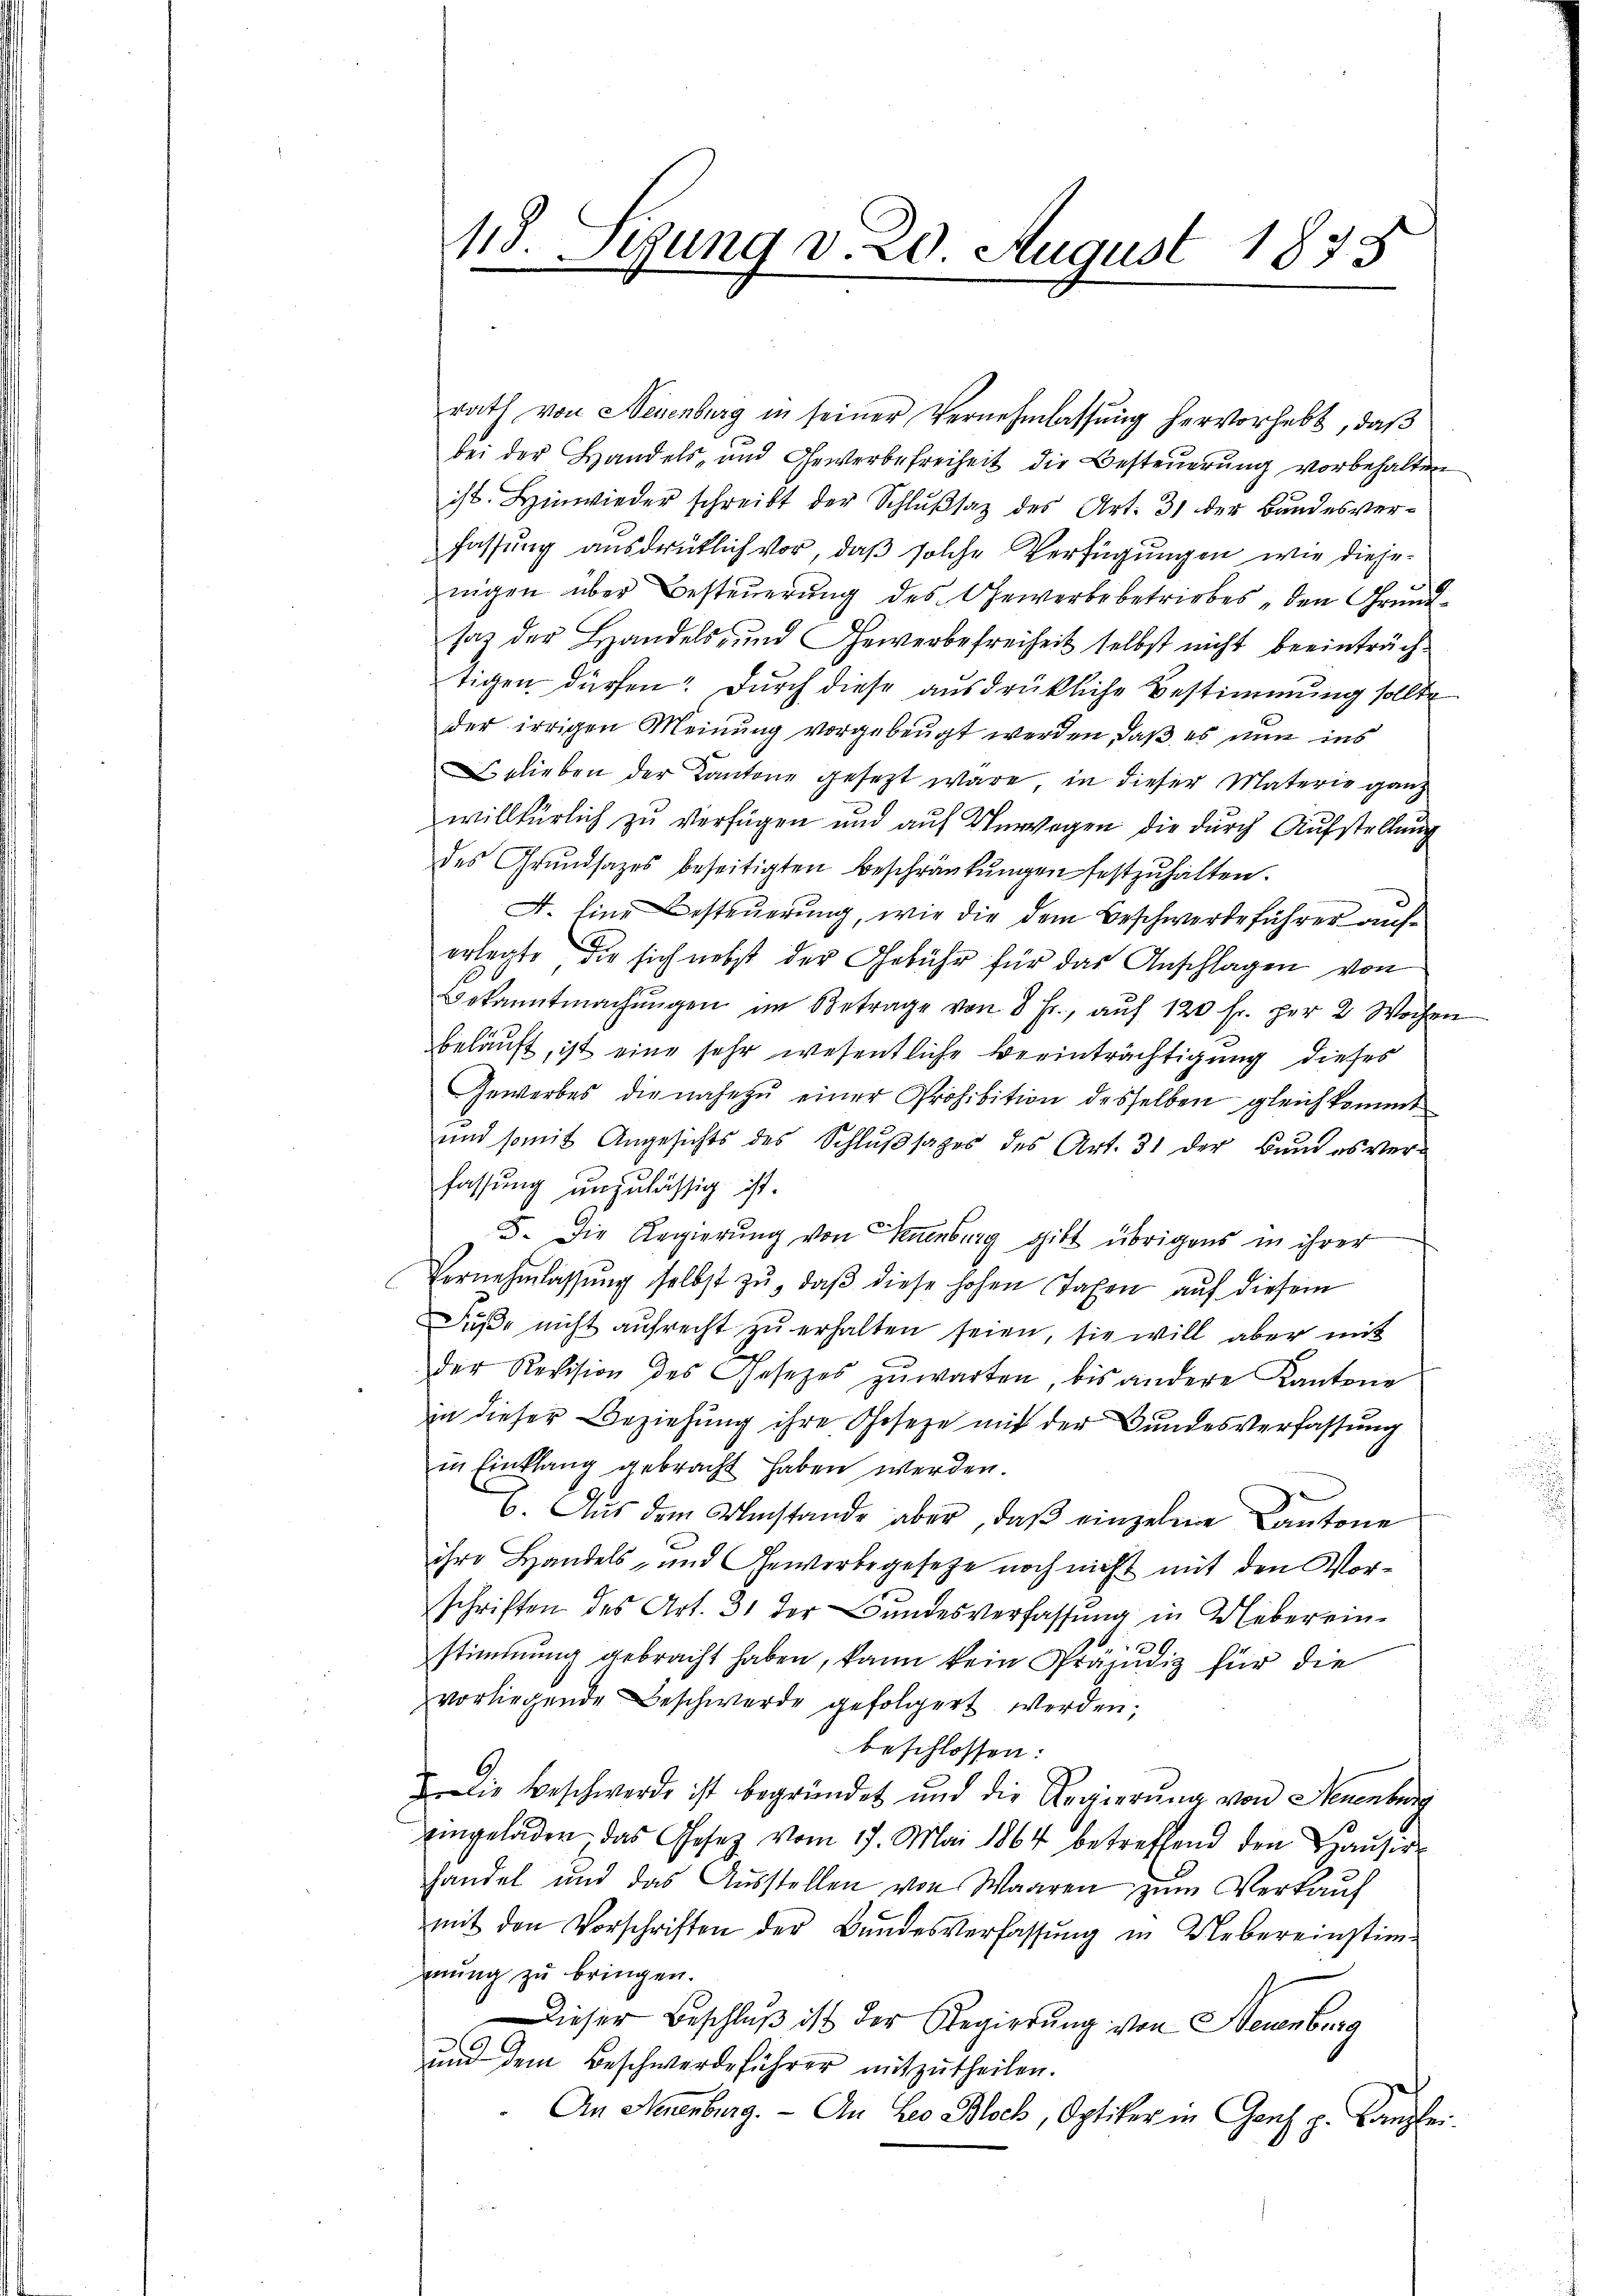
rath von Neuenburg in seiner Vernehmlassŭng hervorhebt, daβ
bei der Handels- und Gewerbefreiheit die Besteuerung vorbehalten
ist. Hinwieder schreibt der Schlußsaz des Art. 31 der Bundesverfassung ausdrüklich vor, daß solche Verfügungen, wie diejenigen über Besteuerung des Gewerbebetriebes den Grundsaz der Handels- und Gewerbefreiheit selbst nicht beeinträchtigen dürfen. Durch diese ausdrükliche Bestimmung sollte
der irrigen Meinung vorgebeugt werden, daß es nun ins
Belieben der Kantone gesezt wäre, in dieser Materie ganz
willkürlich zu verfügen und auf Umwegen die durch Aufstellung
des Grŭndsatzes beseitigten Beschränkungen festzuhalten.
A. Eine Besteuerung, wie die dem Beschwerdeführer auferlegte die sich nebst der Gebühr für das Anschlagen von
Bekanntmachŭngen im Betrage von 8 Fr., aŭf 120 fr. per 2 Wochen
beläuft, ist eine sehr wesentliche Beeinträchtigung dieses
Gewerbes die nahezu einer Prohibition desselben gleich kommt
und somit Angesichts des Schlußsatzes des Art. 31 der Bund es ver-
fassung unzulässig ist.
d. Die Regierung von Neuenburg gibt übrigens in ihrer
Vornehmlassŭng selbst zŭ, daβ diese hohen Taxen aŭf diesem
Fŭβe nicht aŭfrecht zŭ erhalten seien, sie will aber mit
der Revision des Gesetzes zŭwarten, bis andere Kantone
in dieser Beziehung ihre Geseze mit der Bundesverfassung
in Einklang gebracht haben werden.
E. Aus dem Umstande aber, daβ einzelne Kantone
ihre Handels- und Gewerbsgesetze noch nicht mit den Vorschriften des Art. 31 der Bundesverfassung in Uebereinstimmung gebracht haben, kann kein Prädiz für die
vorliegende Beschwerde gefolgert werden;
beschlossen:
Die Beschwerde ist begründet und die Regierŭng von Neuenburg
eingeladen das Gesetz vom 17. Mai 1864 betreffend den Haŭsir-
handel und das Aŭsstellen von Waaren zum Verkauf
mit den Vorschriften der Bŭndesverfassŭng in Uebereinstim-
mung zu bringen.
Dieser Beschlŭβ ist der Regierŭng von Neuenburg
und dem Beschwerdeführer mitzutheilen.
An Neuenburg. - An Leo Bloch, Optiker in Ganz p. Canzlei-

48. Sizung v. 20. August 1833